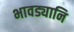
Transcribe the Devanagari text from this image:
भावड्यानि